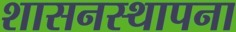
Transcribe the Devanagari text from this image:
शासनस्थापना